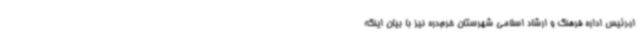
ار،رئیس اداره فرهنگ و ارشاد اسلامی شهرستان خرم‌دره نیز با بیان اینکه